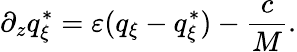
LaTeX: \partial_{z}q_{\xi}^{*}=\varepsilon(q_{\xi}-q_{\xi}^{*})-\frac{c}{M}.